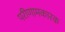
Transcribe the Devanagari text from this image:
परीणामकारक